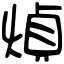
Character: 𤋺